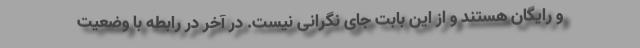
و رایگان هستند و از این بابت جای نگرانی نیست. در آخر در رابطه با وضعیت